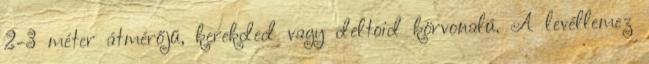
2-3 méter átmérőjű, kerekded vagy deltoid körvonalú. A levéllemez